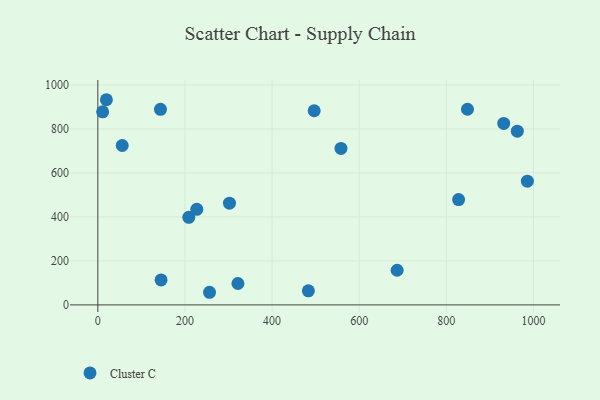
{"axis": {"x": "Engine Size", "y": "Profit"}, "legend": ["Cluster C"], "data": [{"x": "496.7", "y": 882.6, "type": "Cluster C"}, {"x": "558.2", "y": 711.6, "type": "Cluster C"}, {"x": "848.6", "y": 889.6, "type": "Cluster C"}, {"x": "963.0", "y": 789.6, "type": "Cluster C"}, {"x": "483.3", "y": 64.2, "type": "Cluster C"}, {"x": "986.1", "y": 562.6, "type": "Cluster C"}, {"x": "828.2", "y": 478.8, "type": "Cluster C"}, {"x": "145.2", "y": 113.5, "type": "Cluster C"}, {"x": "56.0", "y": 724.7, "type": "Cluster C"}, {"x": "321.6", "y": 97.4, "type": "Cluster C"}, {"x": "19.7", "y": 932.8, "type": "Cluster C"}, {"x": "302.2", "y": 462.4, "type": "Cluster C"}, {"x": "256.4", "y": 57.4, "type": "Cluster C"}, {"x": "11.0", "y": 877.7, "type": "Cluster C"}, {"x": "931.8", "y": 824.9, "type": "Cluster C"}, {"x": "208.8", "y": 398.2, "type": "Cluster C"}, {"x": "227.2", "y": 434.6, "type": "Cluster C"}, {"x": "143.8", "y": 889.3, "type": "Cluster C"}, {"x": "687.1", "y": 157.6, "type": "Cluster C"}]}